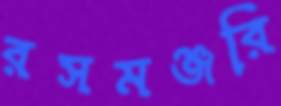
রসমঞ্জরি